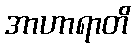
အာဟာရာတိ